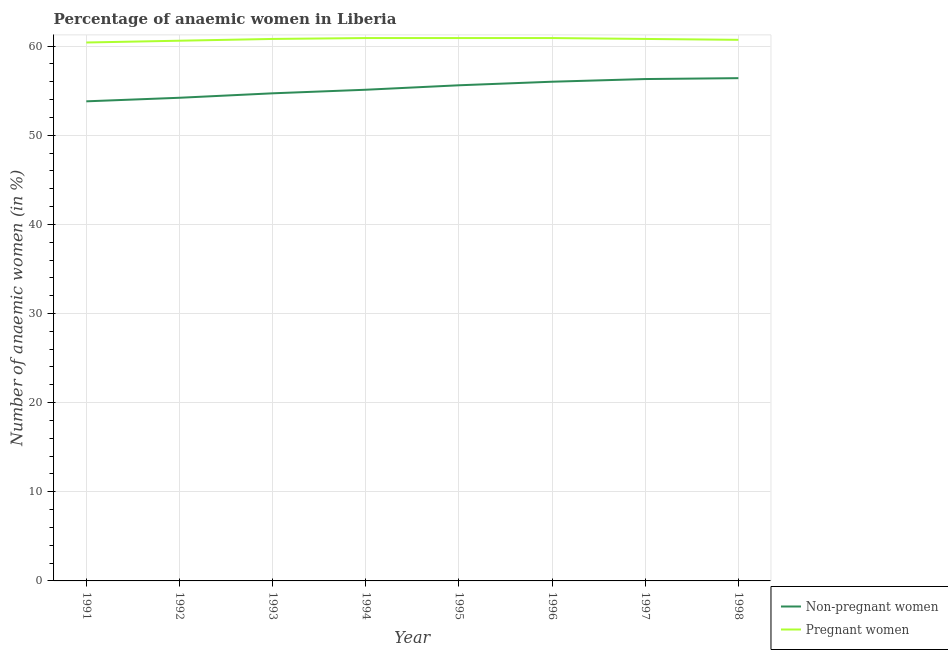
| Year | Non-pregnant women | Pregnant women |
 | --- | --- | --- |
 | 1991 | 53.8 | 60.4 |
 | 1992 | 54.2 | 60.6 |
 | 1993 | 54.7 | 60.8 |
 | 1994 | 55.1 | 60.9 |
 | 1995 | 55.6 | 60.9 |
 | 1996 | 56 | 60.9 |
 | 1997 | 56.3 | 60.8 |
 | 1998 | 56.4 | 60.7 |